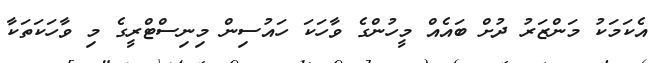
އެކަމަކު މަންޒަރު ދުށް ބައެއް މީހުންގެ ވާހަކަ ހައުސިން މިނިސްޓްރީގެ މި ވާހަކަތަކާ